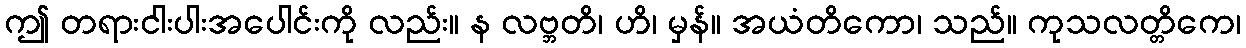
ဤ တရားငါးပါးအပေါင်းကို လည်း။ န လဗ္ဘတိ၊ ဟိ၊ မှန်။ အယံတိကော၊ သည်။ ကုသလတ္တိကေ၊